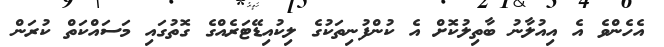
އެހެންވެ އެ އިއުލާނު ބާތިލުކޮށް އެ ކުންފުނިތަކުގެ ލިކުއިޑޭޓަރެއްގެ ގޮތުގައި މަސައްކަތް ކުރަން